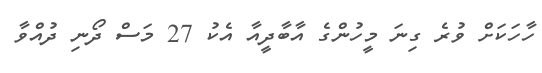
ހާހަކަށް ވުރެ ގިނަ މީހުންގެ އާބާދީއާ އެކު 27 މަސް ދޯނި ދުއްވާ